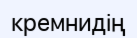
кремнидің